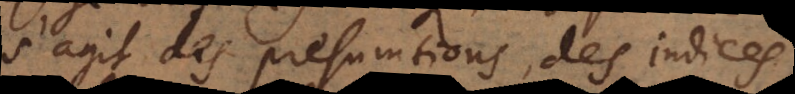
s’agit des presomtions, des indices